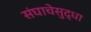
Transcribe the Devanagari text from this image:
संघाचेसुद्धा